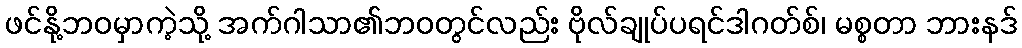
ဖင်နို့ဘဝမှာကဲ့သို့ အက်ဂါသာ၏ဘဝတွင်လည်း ဗိုလ်ချုပ်ပရင်ဒါဂတ်စ်၊ မစ္စတာ ဘားနဒ်